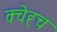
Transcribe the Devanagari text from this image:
क्चेह्च